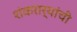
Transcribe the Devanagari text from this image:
शंकरार्यांची